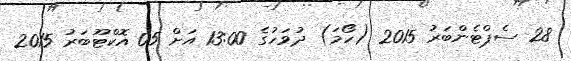
28 ސެޕްޓެންބަރު 2015 (ހޯމަ) ދުވަހުގެ 13:00 އަށް 05 އޮކްޓޫބަރު 2015